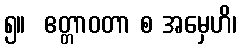
၅။  ဧတ္တာဝတာ စ အမှေဟိ၊